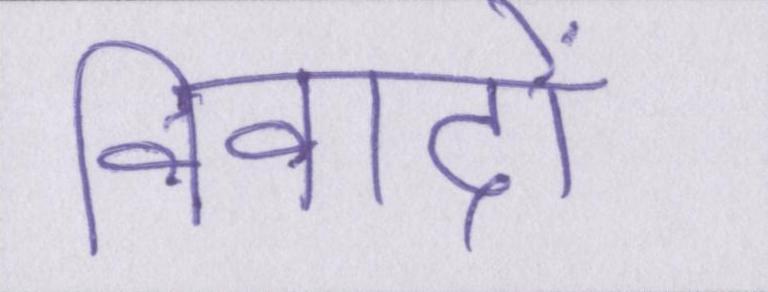
विवादों